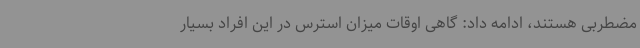
مضطربی هستند، ادامه داد: گاهی اوقات میزان استرس در این افراد بسیار